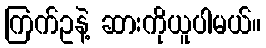
ကြက်ဥနဲ့ ဆားကိုယူပါမယ်။